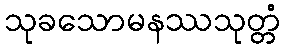
သုခသောမနဿသုတ္တံ